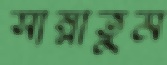
সাম্‌লাতুম